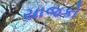
યાજકો